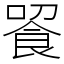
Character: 䬭